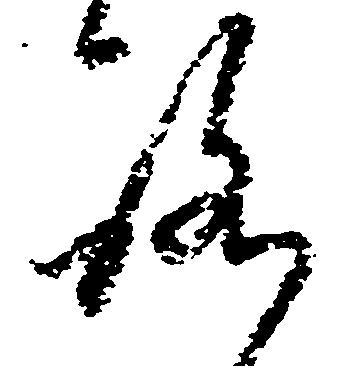
ろ